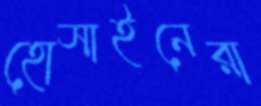
হোসাইনেরা